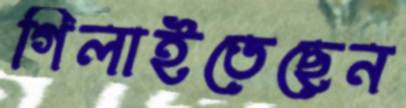
গিলাইতেছেন